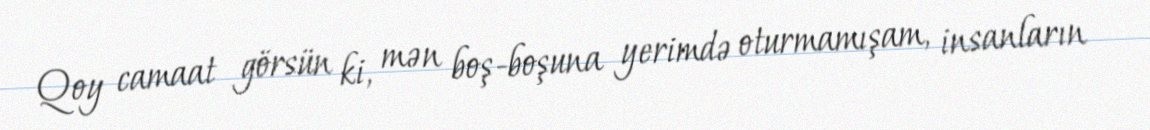
Qoy camaat görsün ki, mən boş-boşuna yerimdə oturmamışam, insanların